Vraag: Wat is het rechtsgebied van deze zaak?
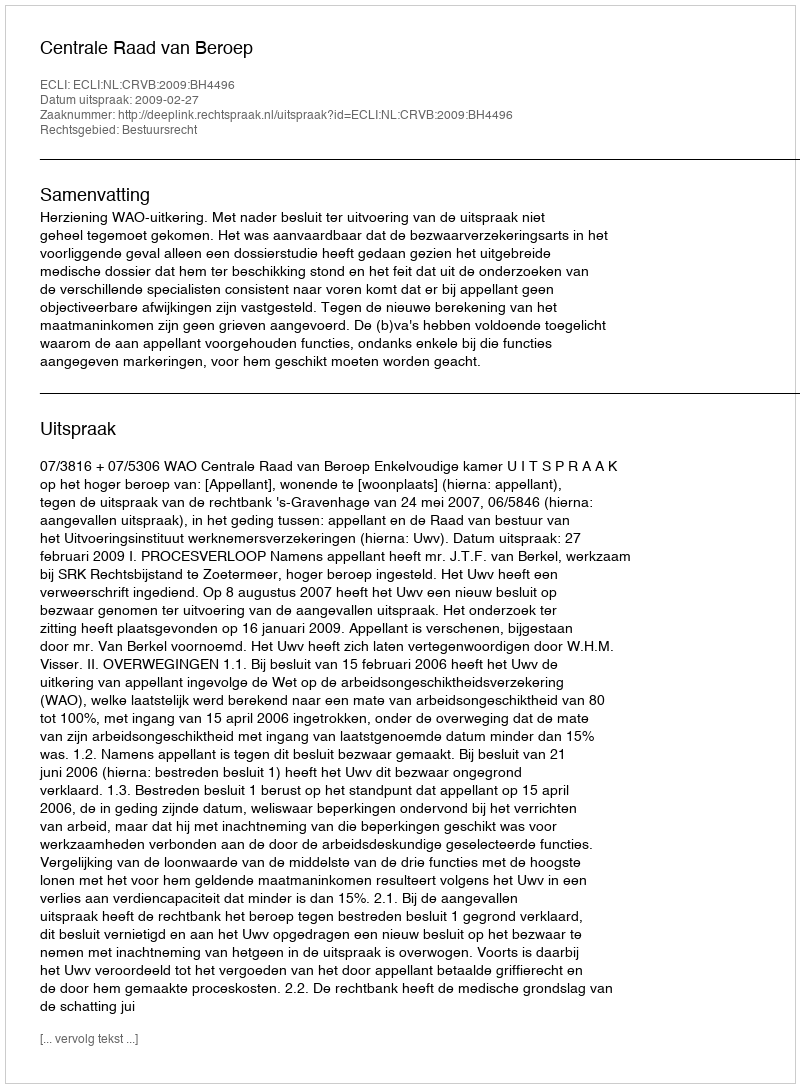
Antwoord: Bestuursrecht